Leaving Certificate Examination (including Day School Certificate (Higher) General paper), 1939
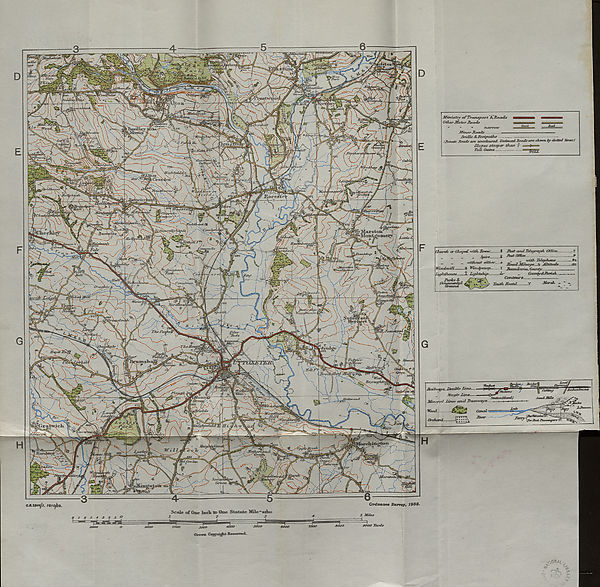
Scale of One Inch to One Statute MUe^ssisr.
12
3
Ordnance Survey, 1938.
5 Mile*
4000
5000
Crown. Capyiigh.t Reserved..
8000
9000 lards
<>
C.R.2944/l. IMofis.
(JlluxJi or Cjujpci ndtJo Tower.-
Spur,..
Tost a/ul Telegraph Office
Jbst Office ..-
wiffiout eitfier—
„ „ -with Telephone
Rt
Jiocul Mileage—5 Altitude
:2II
’Windmill. £ Wt/uJ/Mmip— I JBoundanes, County
Lightship.
Ir'
.. County&Pariah
.....
Contours-
Lighthouse
Parks &
Youth, Hostel....
Marsh +
Bad
Ministry of Transport A Roads
Other Motor Roads
• •
" "
narrow
Minor Roads
.
■ '■■■
Bridle & Footpaths
(Priyate Roads are uncoloured Unfenced Roads are shewn by dotted driesJ
Slopes steeper than /
> ~~
ToZL Gates..—